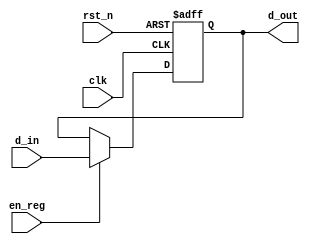
module reg_8bit ( d_out, clk, rst_n, en_reg, d_in );
input 		 clk, rst_n	, en_reg;
input	[7:0]d_in;
output	[7:0]d_out;
reg 	[7:0]d_out;
reg 	[7:0]reg_data;

always @( posedge clk or negedge rst_n ) begin
    if ( !rst_n )
		reg_data <= 8'b11111111;
    else if ( en_reg )
		reg_data <= d_in;
end

always @(*) begin
	d_out = reg_data;
end

endmodule